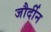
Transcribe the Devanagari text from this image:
जौर्दीन